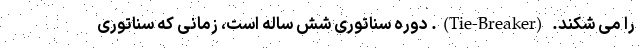
را می شکند. (Tie-Breaker). دوره سناتوری شش ساله است، زمانی که سناتوری